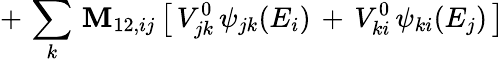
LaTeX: +\, \sum_{k}\, \mathbf{M}_{12,ij}\, \big[\, V_{jk}^{0}\, \psi_{jk}(E_{i})\, +\, V_{ki}^{0}\, \psi_{ki}(E_{j})\, \big]